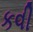
કવી